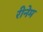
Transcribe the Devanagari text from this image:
रीनेम